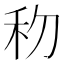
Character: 𥝢